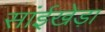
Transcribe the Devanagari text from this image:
सांईखेड़ा